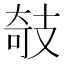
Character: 攲